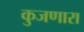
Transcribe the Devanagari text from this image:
कुजणारा